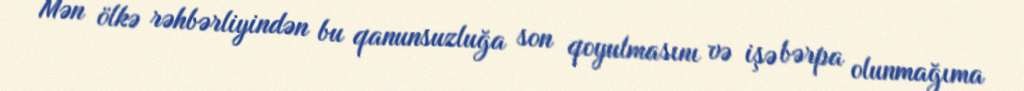
Mən ölkə rəhbərliyindən bu qanunsuzluğa son qoyulmasını və işə bərpa olunmağıma